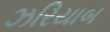
ઝરિયાબ